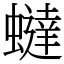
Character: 蟽